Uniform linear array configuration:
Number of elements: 24
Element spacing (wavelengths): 0.75
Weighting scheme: cosine
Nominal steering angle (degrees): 45
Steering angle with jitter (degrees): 45.049
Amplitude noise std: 0.05
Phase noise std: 0.05

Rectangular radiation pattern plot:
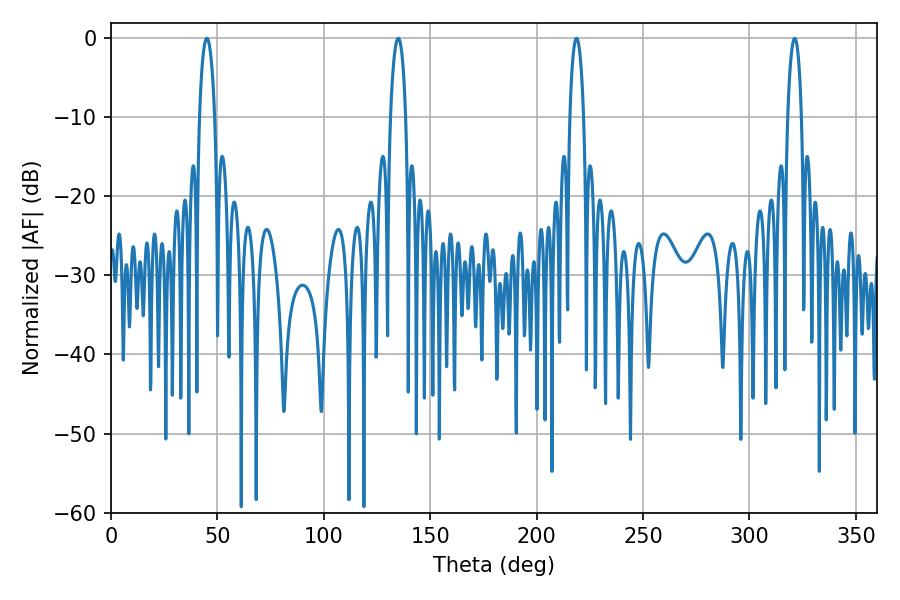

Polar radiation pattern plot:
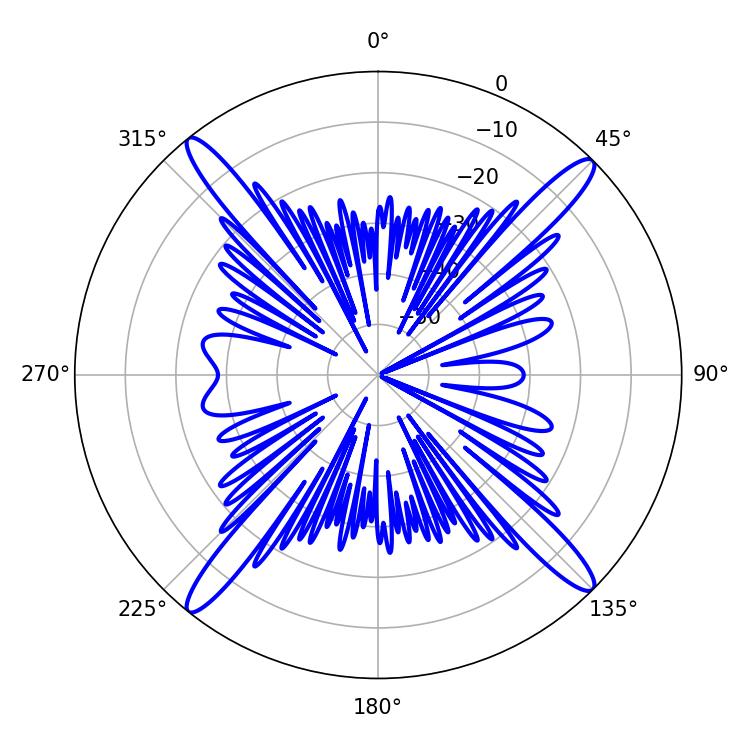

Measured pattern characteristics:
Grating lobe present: TRUE
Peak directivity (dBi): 19.671
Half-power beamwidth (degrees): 4.14
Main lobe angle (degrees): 45